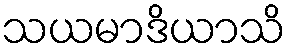
သယမာဒိယာသိ